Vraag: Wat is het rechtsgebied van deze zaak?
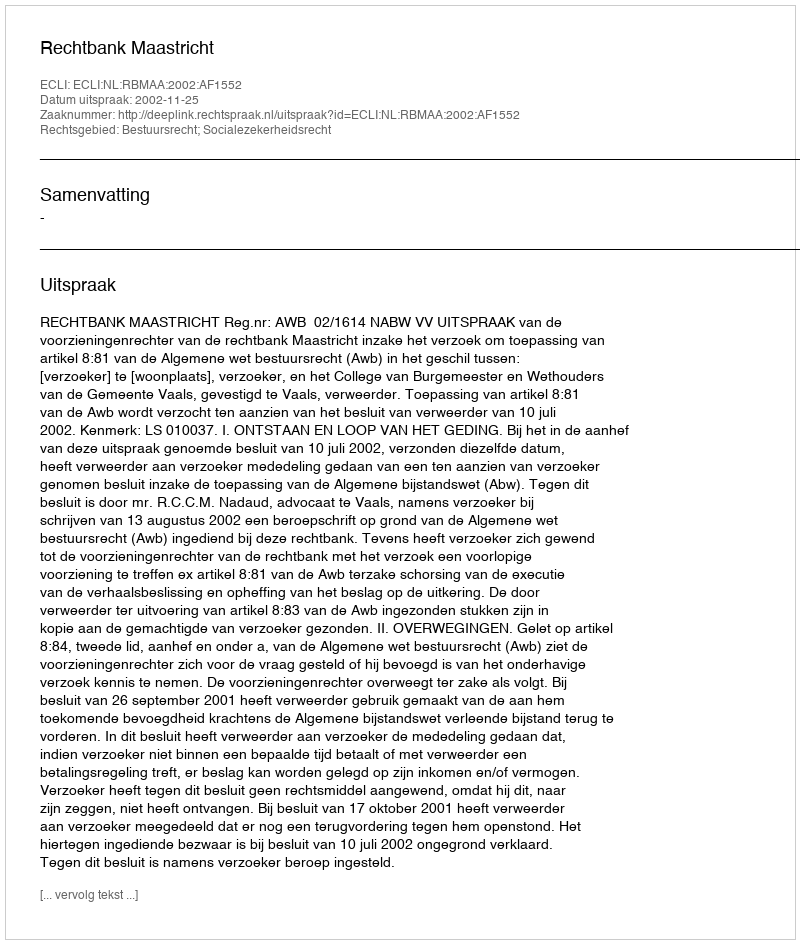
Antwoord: Bestuursrecht; Socialezekerheidsrecht